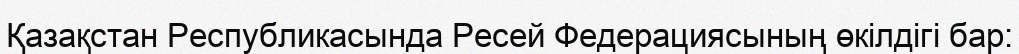
Қазақстан Республикасында Ресей Федерациясының өкілдігі бар: